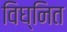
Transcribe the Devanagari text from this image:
विघ्नित